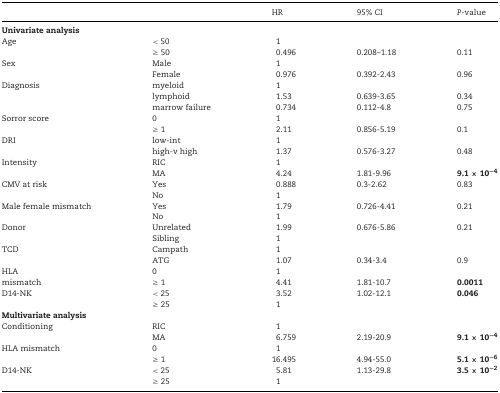
|  |  | HR | 95% CI | P‐value |
 | --- | --- | --- | --- | --- |
 | Univariate analysis |  |  |  |  |
 | Age | < 50 | 1 |  |  |
 |  | ≥ 50 | 0.496 | 0.208–1.18 | 0.11 |
 | Sex | Male | 1 |  |  |
 |  | Female | 0.976 | 0.392‐2.43 | 0.96 |
 | Diagnosis | myeloid | 1 |  |  |
 |  | lymphoid | 1.53 | 0.639‐3.65 | 0.34 |
 |  | marrow failure | 0.734 | 0.112‐4.8 | 0.75 |
 | Sorror score | 0 | 1 |  |  |
 |  | ≥ 1 | 2.11 | 0.856‐5.19 | 0.1 |
 | DRI | low‐int | 1 |  |  |
 |  | high‐v high | 1.37 | 0.576‐3.27 | 0.48 |
 | Intensity | RIC | 1 |  |  |
 |  | MA | 4.24 | 1.81‐9.96 | 9.1 × 10−4 |
 | CMV at risk | Yes | 0.888 | 0.3‐2.62 | 0.83 |
 |  | No | 1 |  |  |
 | Male female mismatch | Yes | 1.79 | 0.726‐4.41 | 0.21 |
 |  | No | 1 |  |  |
 | Donor | Unrelated | 1.99 | 0.676‐5.86 | 0.21 |
 |  | Sibling | 1 |  |  |
 | TCD | Campath | 1 |  |  |
 |  | ATG | 1.07 | 0.34‐3.4 | 0.9 |
 | HLA | 0 | 1 |  |  |
 | mismatch | ≥ 1 | 4.41 | 1.81‐10.7 | 0.0011 |
 | D14‐NK | < 25 | 3.52 | 1.02‐12.1 | 0.046 |
 |  | ≥ 25 | 1 |  |  |
 | Multivariate analysis |  |  |  |  |
 | Conditioning | RIC | 1 |  |  |
 |  | MA | 6.759 | 2.19‐20.9 | 9.1 × 10−4 |
 | HLA mismatch | 0 | 1 |  |  |
 |  | ≥ 1 | 16.495 | 4.94‐55.0 | 5.1 × 10−6 |
 | D14‐NK | < 25 | 5.81 | 1.13‐29.8 | 3.5 × 10−2 |
 |  | ≥ 25 | 1 |  |  |